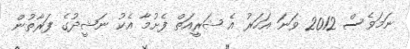
ނަމަވެސް 2012 ވަނަ އަހަރު އެ ޝަރީއަތް ފެށުމާ އެކު ނަޝީދުގެ ފަރާތުން